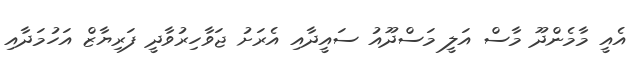
އެއީ މާމެންދޫ މާސް އަލީ މަސްދޫއު ސައީދާއި އެރަށު ޖަވާހިރުވާދީ ފަރިޔާޒް އަހުމަދާއި